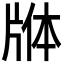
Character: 𬌕